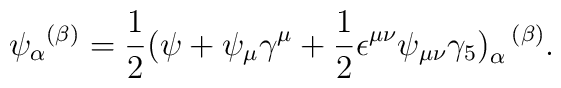
{\psi_\alpha}^{(\beta)} = \frac{1}{2}(\psi+\psi_\mu\gamma^\mu                         +\frac{1}{2}\epsilon^{\mu\nu}                           \psi_{\mu\nu}\gamma_5)_\alpha^{\ \ (\beta)}.